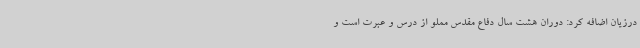
درزیان اضافه کرد: دوران هشت سال دفاع مقدس مملو از درس و عبرت است و